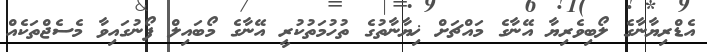
އެޑްރިޔާނާގެ ލޯބިވެރިޔާ އޭނާގެ މައްޗަށް ޚިޔާނާތުގެ ތުހުމަތުކުރީ އޭނާގެ މޯބައިލް ފޯނުގައިވާ މެސެޖްތަކެއް